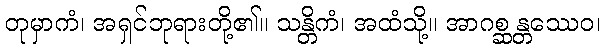
တုမှာကံ၊ အရှင်ဘုရားတို့၏။ သန္တိကံ၊ အထံသို့။ အာဂစ္ဆန္တဿေဝ၊